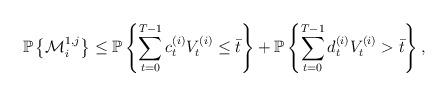
LaTeX: \begin{align*}\mathbb{P}\left\{\mathcal{M}_i^{1, j}\right\}\leq \mathbb{P}\left\{\sum_{t=0}^{T-1} c^{(i)}_t V^{(i)}_t \leq \bar{t}\right\}+\mathbb{P}\left\{\sum_{t=0}^{T-1}d^{(i)}_t V^{(i)}_t > \bar{t} \right\},\end{align*}